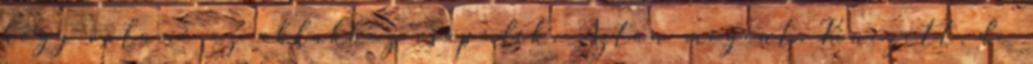
hogy valami az ablakhoz csapódik. Aztán megint. Kinézett, de